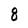
Character: 8